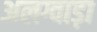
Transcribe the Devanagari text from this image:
अलग्वाड़ा